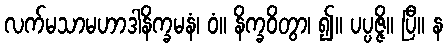
လက်မသာမဟာဒါနိက္ခမနံ၊ ဝံ။ နိက္ခဝိတွာ၊ ၍။ ပပ္ပဇ္ဇိ။ ပြီ။ န